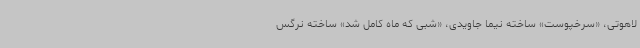
لاهوتی، «سرخپوست» ساخته نیما جاویدی، «شبی که ماه کامل شد» ساخته نرگس